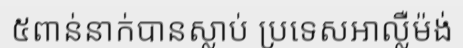
៥ពាន់នាក់បានស្លាប់ ប្រទេសអាល្លឺម៉ង់